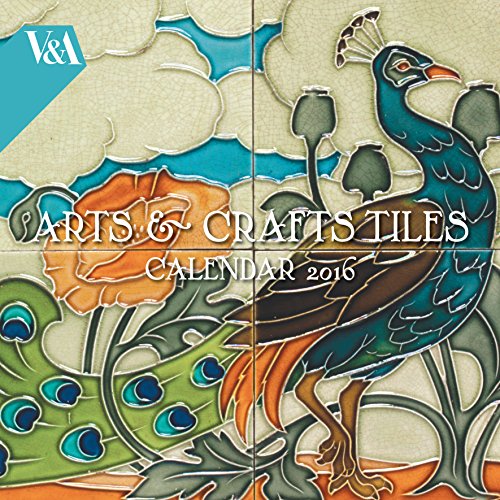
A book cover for V&A Arts & Crafts Tiles Wall Calendar 2016 (Art Calendar); Calendars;